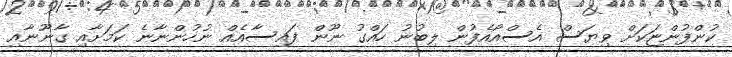
ކުންފުންޏަކަށް ވިޔަސް އެސްއޯއެފުން ލިބުނު ހައްގު ނޫން ފައިސާއެއް ނުހުންނާނެ ކަމަށާއި ގާނޫނާއި